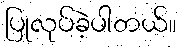
ပြုလုပ်ခဲ့ပါတယ်။